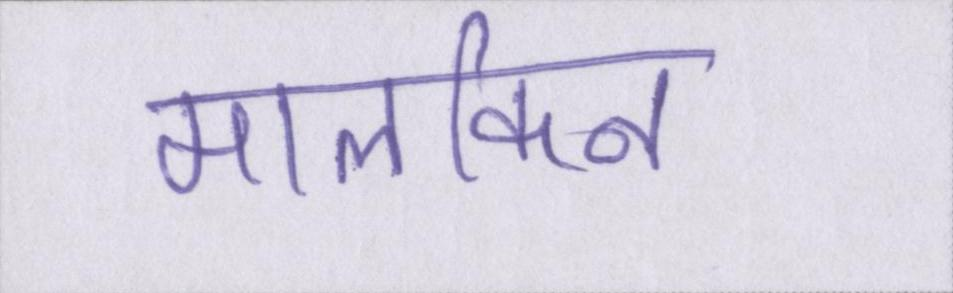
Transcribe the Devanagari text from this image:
मालकिन